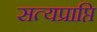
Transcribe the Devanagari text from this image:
सत्यप्राप्ति